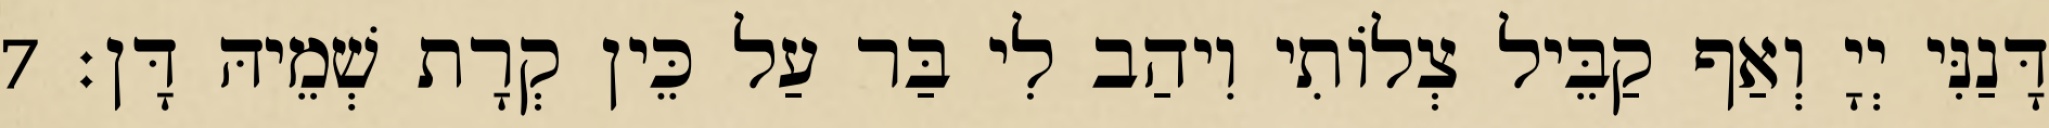
דָּנַנִּי יְיָ וְאַף קַבֵּיל צְלוֹתִי וִיהַב לִי בַּר עַל כֵּין קְרָת שְׁמֵיהּ דָּן׃ 7